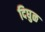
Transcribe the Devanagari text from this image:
दिघुळ